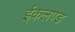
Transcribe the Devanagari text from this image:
ईकलण्ड